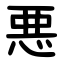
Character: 悪